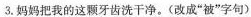
3.妈妈把我的这颗牙齿洗干净。（改成”被”字句）